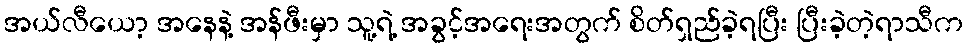
အယ်လီယော့ အနေနဲ့ အန်ဖီးမှာ သူ့ရဲ့ အခွင့်အရေးအတွက် စိတ်ရှည်ခဲ့ရပြီး ပြီးခဲ့တဲ့ရာသီက